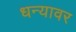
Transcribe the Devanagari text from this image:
धन्यावर